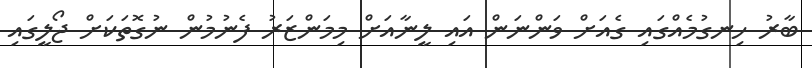
ބާރު ހިނގުމެއްގައި ގެއަށް ވަންނަން އައި ލީނާއަށް މިމަންޒަރު ފެނުމުން ނުގޮތަކަށް ޖޯލީގައި